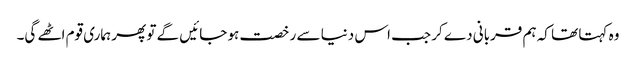
وہ کہتا تھا کہ ہم قربانی دے کر جب اس دنیا سے رخصت ہو جائیں گے تو پھر ہماری قوم اٹھے گی۔